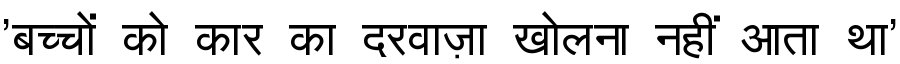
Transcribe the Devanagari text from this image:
'बच्चों को कार का दरवाज़ा खोलना नहीं आता था'